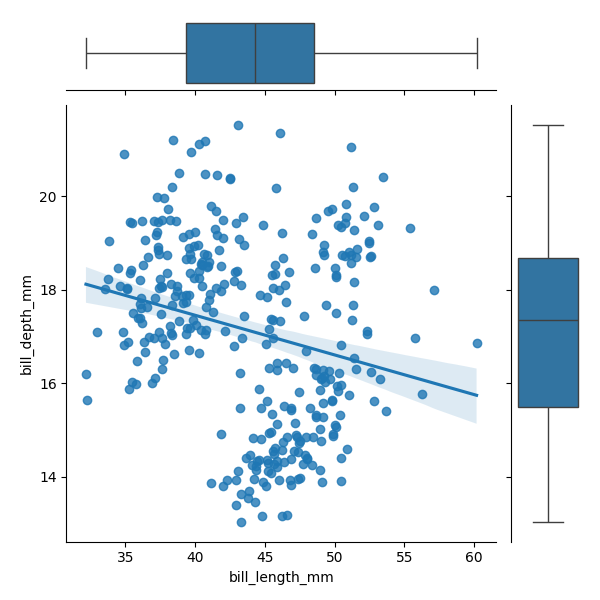
python, seaborn, JointGrid, regplot, boxplot